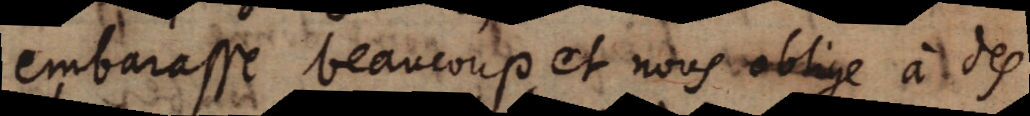
embarasse beaucoup et nous oblige à des